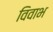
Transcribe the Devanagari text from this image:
विवाभ